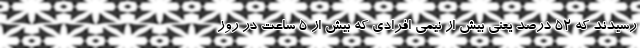
رسیدند که ۵۲ درصد یعنی بیش از نیمی افرادی که بیش از ۵ ساعت در روز